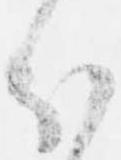
分